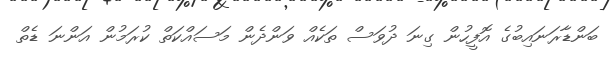
ބަންޑާރަނައިބުގެ އޮފީހުން ގިނަ ދުވަސް ތަކެއް ވަންދެން މަސައްކަތް ކުރަމުން އަންނަ ޑެތް